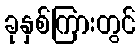
ခုနှစ်ကြားတွင်